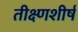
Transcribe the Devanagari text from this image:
तीक्ष्णशीर्ष